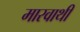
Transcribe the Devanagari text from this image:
मारवाथी